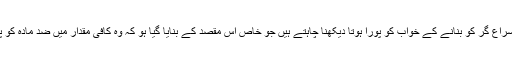
یہ ہی وجہ ہے کہ ا سمتھ ایک نئے ذرّاتی اسراع گر کو بنانے کے خواب کو پورا ہوتا دیکھنا چاہتے ہیں جو خاص اس مقصد کے بنایا گیا ہو کہ وہ کافی مقدار میں ضد مادّہ کو پیدا کرے تاکہ اس پر آنے والی لاگت کم ہو۔